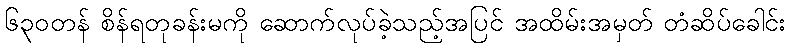
၆၃၀တန် စိန်ရတုခန်းမကို ဆောက်လုပ်ခဲ့သည့်အပြင် အထိမ်းအမှတ် တံဆိပ်ခေါင်း